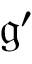
{ \mathfrak { g } } ^ { \prime }